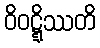
ဝိဝဋ္ဋိဿတိ